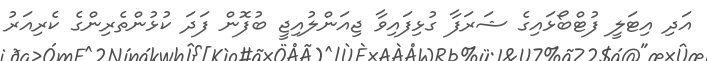
އަދި އިޓަލީ ފުޓްބޯޅައިގެ ޝަރަފާ ގުޅިފައިވާ ޖިއަންލުއިޖީ ބުފޮން ފަދަ ކުޅުންތެރިންގެ ކެރިއަރު